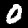
Label: 0